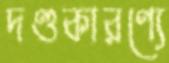
দণ্ডকারণ্যে